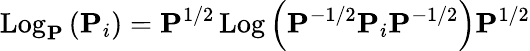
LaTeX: \operatorname{Log}_{\mathbf{P}}\left(\mathbf{P}_{i}\right)=\mathbf{P}^{1/2}\operatorname{Log}\left(\mathbf{P}^{-1/2}\mathbf{P}_{i}\mathbf{P}^{-1/2}\right)\mathbf{P}^{1/2}